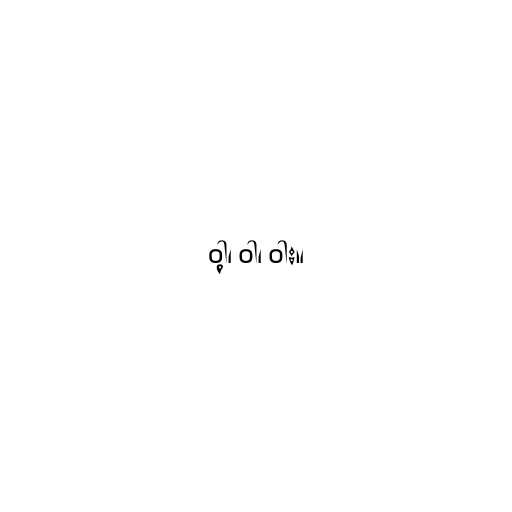
ဝါ့၊ ဝါ၊ ဝါး။